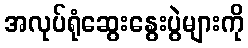
အလုပ်ရုံဆွေးနွေးပွဲများကို